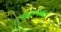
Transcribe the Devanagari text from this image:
परूमल